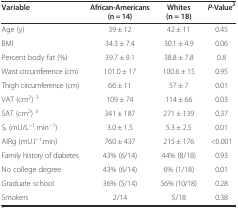
<table><thead><tr><td><b>Variable</b></td><td><b>African-Americans (n = 14)</b></td><td><b>Whites (n = 18)</b></td><td><b><i>P-</i>Value<sup>2</sup></b></td></tr></thead><tbody><tr><td>Age (y)</td><td>39 ± 12</td><td>42 ± 11</td><td>0.45</td></tr><tr><td>BMI</td><td>34.3 ± 7.4</td><td>30.1 ± 4.9</td><td>0.06</td></tr><tr><td>Percent body fat (%)</td><td>39.7 ± 9.1</td><td>38.8 ± 7.8</td><td>0.8</td></tr><tr><td>Waist circumference (cm)</td><td>101.0 ± 17</td><td>100.6 ± 15</td><td>0.95</td></tr><tr><td>Thigh circumference (cm)</td><td>66 ± 11</td><td>57 ± 7</td><td>0.01</td></tr><tr><td>VAT (cm<sup>2</sup>) <sup>3</sup></td><td>109 ± 74</td><td>114 ± 66</td><td>0.03</td></tr><tr><td>SAT (cm<sup>2</sup>) <sup>3</sup></td><td>341 ± 187</td><td>271 ± 139</td><td>0.37</td></tr><tr><td>S<sub>I</sub> (mU/L<sup>-1</sup>.min<sup>-1</sup>)</td><td>3.0 ± 1.5</td><td>5.3 ± 2.5</td><td>0.01</td></tr><tr><td>AIRg (mU.I<sup>-1</sup>.min)</td><td>760 ± 437</td><td>215 ± 176</td><td>&lt;0.001</td></tr><tr><td>Family history of diabetes</td><td>43% (6/14)</td><td>44% (8/18)</td><td>0.93</td></tr><tr><td>No college degree</td><td>43% (6/14)</td><td>6% (1/18)</td><td>0.01</td></tr><tr><td>Graduate school</td><td>36% (5/14)</td><td>56% (10/18)</td><td>0.28</td></tr><tr><td>Smokers</td><td>2/14</td><td>5/18</td><td>0.38</td></tr></tbody></table>